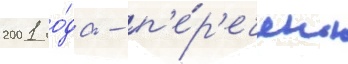
2001 го́да - п'е́р'ечень